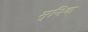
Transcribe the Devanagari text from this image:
मुनिक